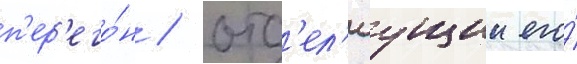
п'ер'его́н / отд'ел'яущии его́